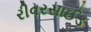
રીવરસાઈડ